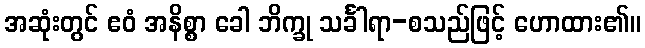
အဆုံးတွင် ဧဝံ အနိစ္စာ ခေါ ဘိက္ခု သင်္ခါရာ-စသည်ဖြင့် ဟောထား၏။